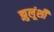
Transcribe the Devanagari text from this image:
झुलूंशी